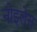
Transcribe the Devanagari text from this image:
नोइलेस